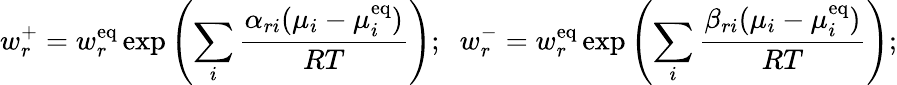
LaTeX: w_{r}^{+}=w_{r}^{\mathrm{{eq}}}\exp\left(\sum_{i}{\frac{\alpha_{ri}(\mu_{i}-\mu_{i}^{\mathrm{{eq}}})}{RT}}\right);\; \; w_{r}^{-}=w_{r}^{\mathrm{{eq}}}\exp\left(\sum_{i}{\frac{\beta_{ri}(\mu_{i}-\mu_{i}^{\mathrm{{eq}}})}{RT}}\right);